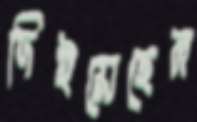
দিইয়েছেন